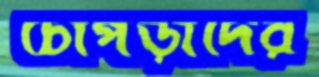
চোপড়াদের